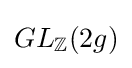
GL_{\mathbb {Z} }(2g)